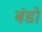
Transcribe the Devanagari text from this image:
बंडो